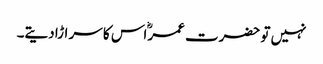
نہیں تو حضرت عمرؓ اس کا سر اڑا دیتے۔